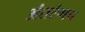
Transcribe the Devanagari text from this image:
अंतरंगच